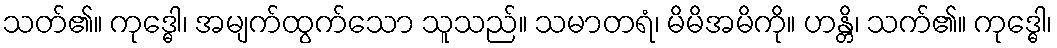
သတ်၏။ ကုဒ္ဓေါ၊ အမျက်ထွက်သော သူသည်။ သမာတရံ၊ မိမိအမိကို။ ဟန္တိ၊ သက်၏။ ကုဒ္ဓေါ၊